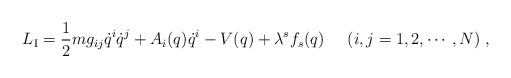
\begin{align*}L_{\rm I}=\frac{1}{2}mg_{ij}\dot{q}^i\dot{q}^j+A_i(q)\dot{q}^i-V(q)+\lambda^s f_s(q) \;\;\;\;\;(i,j=1,2,\cdots,N) \;,\end{align*}